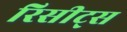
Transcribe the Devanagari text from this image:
रिसीट्स